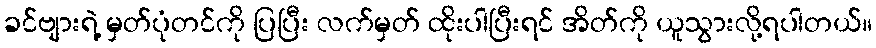
ခင်ဗျားရဲ့ မှတ်ပုံတင်ကို ပြပြီး လက်မှတ် ထိုးပါပြီးရင် အိတ်ကို ယူသွားလို့ရပါတယ်။